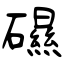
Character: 礘